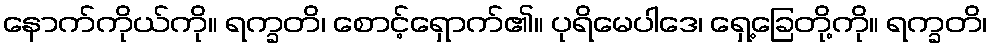
နောက်ကိုယ်ကို။ ရက္ခတိ၊ စောင့်ရှောက်၏။ ပုရိမေပါဒေ၊ ရှေ့ခြေတို့ကို။ ရက္ခတိ၊